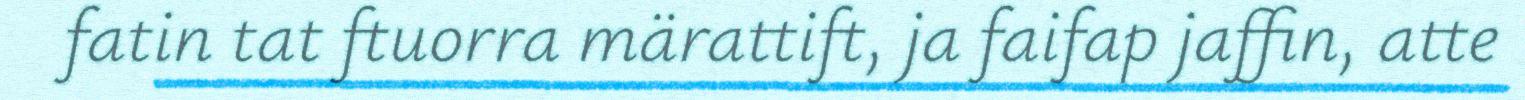
fatin tat ftuorra märattift, ja faifap jaffin, atte